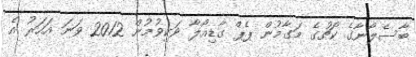
ބާސެލޯނާގެ ކޯޗުގެ މަގާމުން ޕެޕް ގާޑިއޯލާ ވަކިވުމުން 2012 ވަނަ އަހަރު އެ